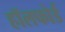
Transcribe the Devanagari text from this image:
हॉलफोर्ड